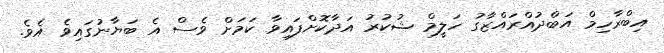
އިބްރާހިމް އަބްދުއްރައްޒާގު ހަލީމް ޝުކުރު އަދާކޮށްފައިވާ ކަމަށް ވެސް އެ ބަޔާނުގައިވެ އެވެ.